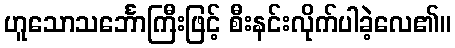
ဟူသောသင်္ဘောကြီးဖြင့် စီးနင်းလိုက်ပါခဲ့လေ၏။